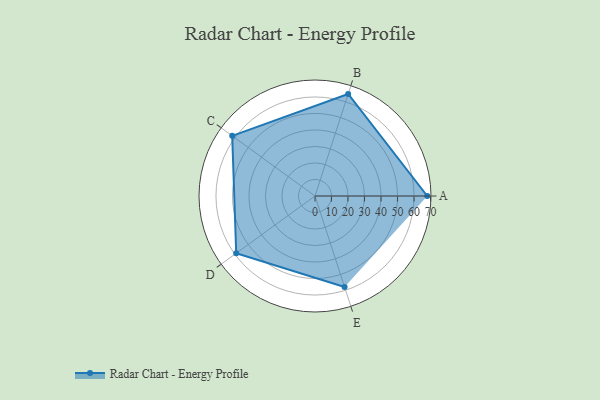
{"axis": {"x": "Skill", "y": "Score"}, "legend": ["Profile"], "data": [{"x": "A", "y": 68.0, "type": "Profile"}, {"x": "B", "y": 65.0, "type": "Profile"}, {"x": "C", "y": 62.0, "type": "Profile"}, {"x": "D", "y": 59.0, "type": "Profile"}, {"x": "E", "y": 58.0, "type": "Profile"}]}